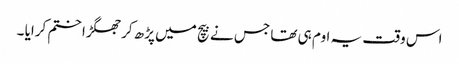
اس وقت یہ اوم ہی تھا جس نے بیچ میں پڑھ کر جھگڑا ختم کرایا ۔